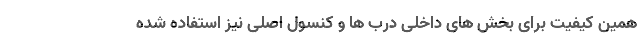
همین کیفیت برای بخش های داخلی درب ها و کنسول اصلی نیز استفاده شده